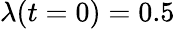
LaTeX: \lambda(t=0)=0.5